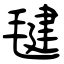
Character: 毽